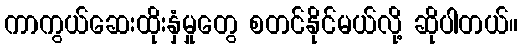
ကာကွယ်ဆေးထိုးနှံမှုတွေ စတင်နိုင်မယ်လို့ ဆိုပါတယ်။